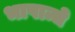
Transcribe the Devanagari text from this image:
भाषान्चे